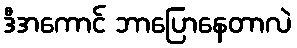
ဒီအကောင် ဘာပြောနေတာလဲ